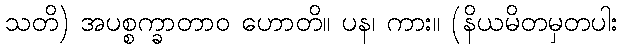
သတိ) အပစ္စက္ခာတာဝ ဟောတိ။ ပန၊ ကား။ (နိယမိတမှတပါး